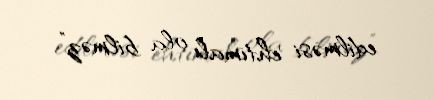
edilməsi ehtimalı ola bilməz”.